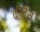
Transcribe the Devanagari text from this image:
कीनेस